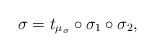
LaTeX: \begin{align*}\sigma = t_{\mu_\sigma}\circ \sigma_1\circ \sigma_2,\end{align*}